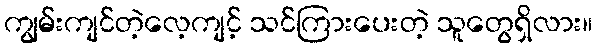
ကျွမ်းကျင်တဲ့လေ့ကျင့် သင်ကြားပေးတဲ့ သူတွေရှိလား။